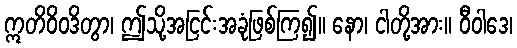
ဣတိဝိဝဒိတွာ၊ ဤသို့အငြင်းအခုံဖြစ်ကြ၍။ နော၊ ငါတို့အား။ ဝီဝါဒေ၊